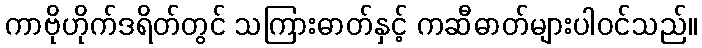
ကာဗိုဟိုက်ဒရိတ်တွင် သကြားဓာတ်နှင့် ကဆီဓာတ်များပါဝင်သည်။